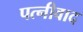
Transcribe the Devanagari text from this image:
पत्नीवाद